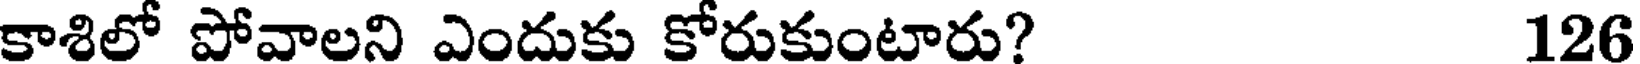
కాశిలో పోవాలని ఎందుకు కోరుకుంటారు? 126